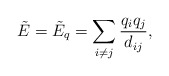
\begin{align*} \tilde{E} = \tilde{E}_q =\sum_{i\neq j} \frac{q_iq_j}{d_{ij}},\end{align*}